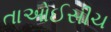
તાઓઈસીચ